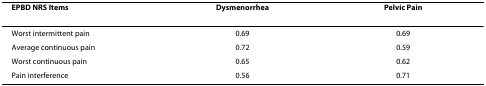
<table><thead><tr><td><b>EPBD NRS Items</b></td><td><b>Dysmenorrhea</b></td><td><b>Pelvic Pain</b></td></tr></thead><tbody><tr><td>Worst intermittent pain</td><td>0.69</td><td>0.69</td></tr><tr><td>Average continuous pain</td><td>0.72</td><td>0.59</td></tr><tr><td>Worst continuous pain</td><td>0.65</td><td>0.62</td></tr><tr><td>Pain interference</td><td>0.56</td><td>0.71</td></tr></tbody></table>